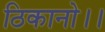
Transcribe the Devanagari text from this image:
ठिकानो।।